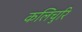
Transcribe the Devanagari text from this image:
कलिचुरि